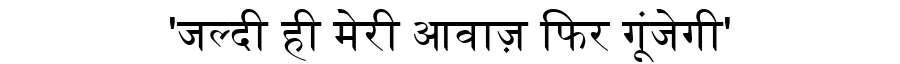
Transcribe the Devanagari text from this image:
'जल्दी ही मेरी आवाज़ फिर गूंजेगी'